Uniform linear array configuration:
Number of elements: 32
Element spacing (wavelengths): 1
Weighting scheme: cosine
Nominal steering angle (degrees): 45
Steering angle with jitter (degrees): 46.638
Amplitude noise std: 0.05
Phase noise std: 0.05

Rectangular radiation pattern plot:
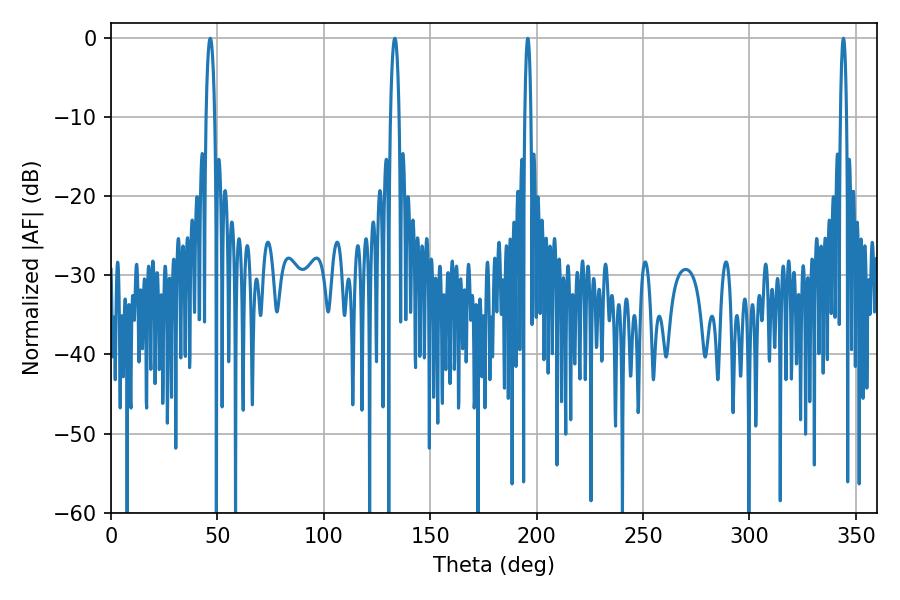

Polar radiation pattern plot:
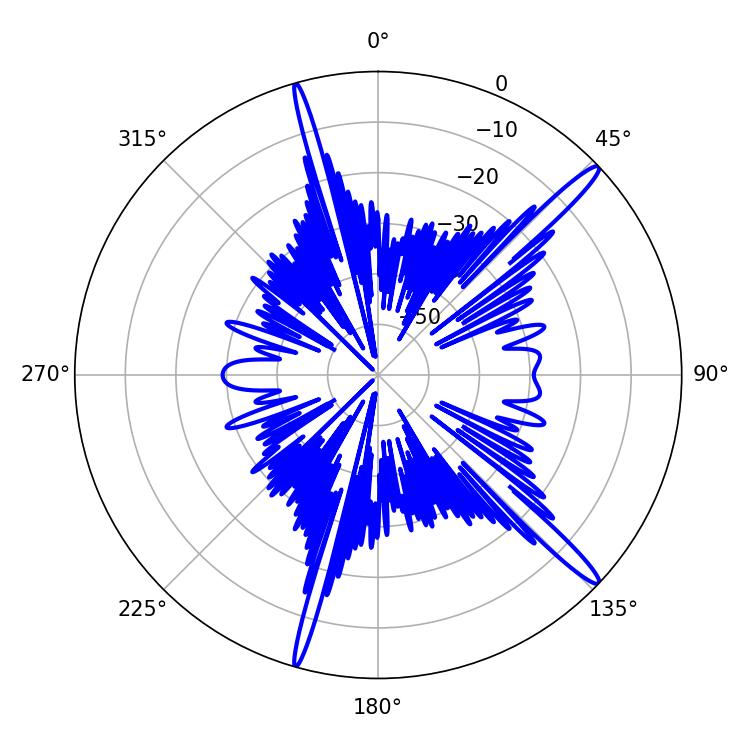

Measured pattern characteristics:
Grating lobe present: TRUE
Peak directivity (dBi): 16.123
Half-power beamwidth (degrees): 1.44
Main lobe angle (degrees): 195.84